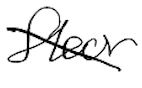
Text: floor
Cross-out: mix
Writing tool: digital_black